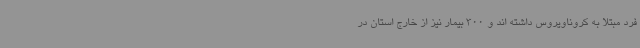
فرد مبتلا به کروناویروس داشته اند و 300 بیمار نیز از خارج استان در